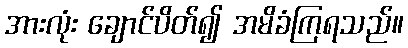
အားလုံး ချောင်ပိတ်၍ အမိခံကြရသည်။